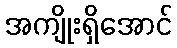
အကျိုးရှိအောင်